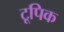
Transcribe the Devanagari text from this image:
टूपिक